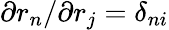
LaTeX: {\partial r_{n}}/{\partial r_{j}}=\delta_{ni}